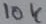
Text: 10k